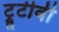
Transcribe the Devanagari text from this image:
ट्रूटीवी